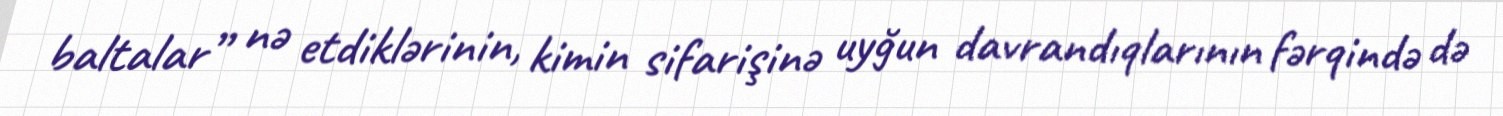
baltalar” nə etdiklərinin, kimin sifarişinə uyğun davrandıqlarının fərqində də